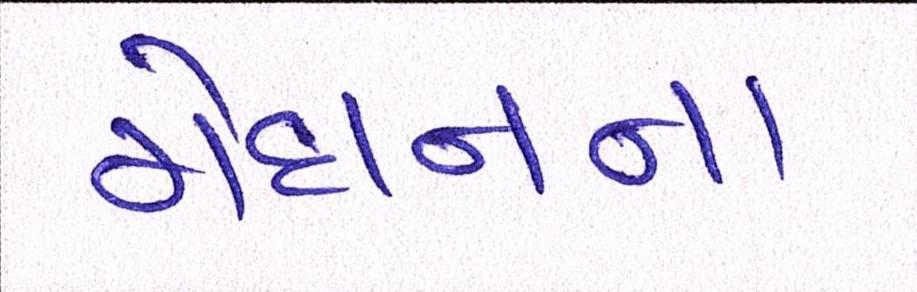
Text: મેદાનના